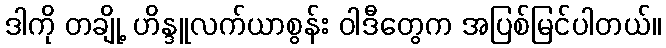
ဒါကို တချို့ ဟိန္ဒူလက်ယာစွန်း ဝါဒီတွေက အပြစ်မြင်ပါတယ်။